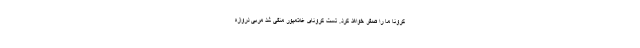
کرونا ما را صفر خواهد کرد. تست کرونای غلامپور منفی شد مربی دروازه